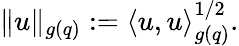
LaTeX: \begin{array}{r}{\| u\| _{g(q)}:=\langle u,u\rangle_{g(q)}^{1/2}.}\end{array}